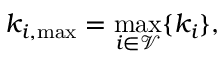
k _ { i , \operatorname* { m a x } } = \operatorname* { m a x } _ { i \in \mathscr { V } } \{ k _ { i } \} ,